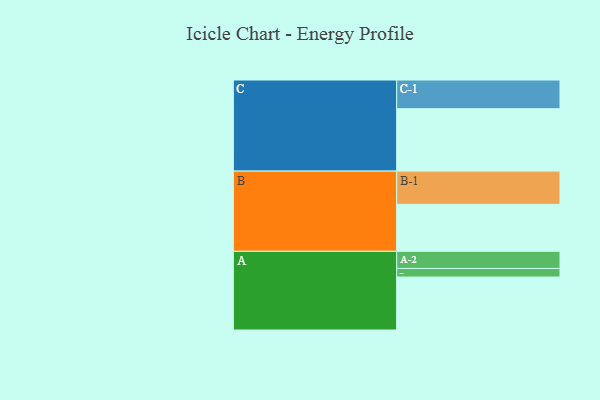
{"axis": {"x": "Segment", "y": "Value"}, "legend": ["", "A", "B", "C"], "data": [{"x": "A", "y": 460, "type": ""}, {"x": "B", "y": 408, "type": ""}, {"x": "C", "y": 542, "type": ""}, {"x": "A-1", "y": 75, "type": "A"}, {"x": "A-2", "y": 149, "type": "A"}, {"x": "B-1", "y": 289, "type": "B"}, {"x": "C-1", "y": 250, "type": "C"}]}